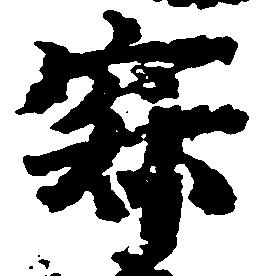
寂